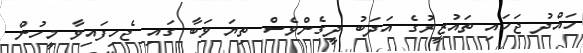
ހައްދު ޖަހައި ތައުޒީރުގެ އަދަބު ދީގެންވެސް ތިޔަ ވަބާ ގައި ޖެހިފައިވާ މީހުން